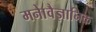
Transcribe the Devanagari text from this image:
मनाेवैज्ञानिक